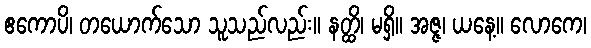
ဧကောပိ၊ တယောက်သော သူသည်လည်း။ နတ္ထိ၊ မရှိ။ အဇ္ဇ၊ ယနေ့။ လောကေ၊